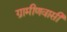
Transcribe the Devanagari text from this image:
ग्रामीणवासी